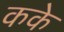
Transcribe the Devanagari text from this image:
कके